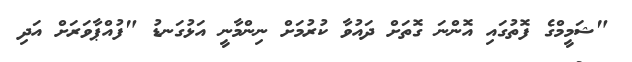
"ޝަމީމްގެ ފޮތުގައި އޮންނަ ގޮތަށް ދައުވާ ކުރުމަށް ނިންމާނީ އަޅުގަނޑު "ފުއްޕާވަރަށް އަދި